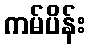
ကမ်ပိန်း